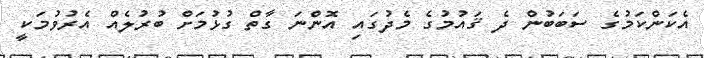
އެކަންކަމުގެ ސަބަބުން ދެ ޤައުމުގެ މެދުގައި އޮންނަ ގާތް ގުޅުމަށް ބުރުލެއް އެރުވުމަކީ